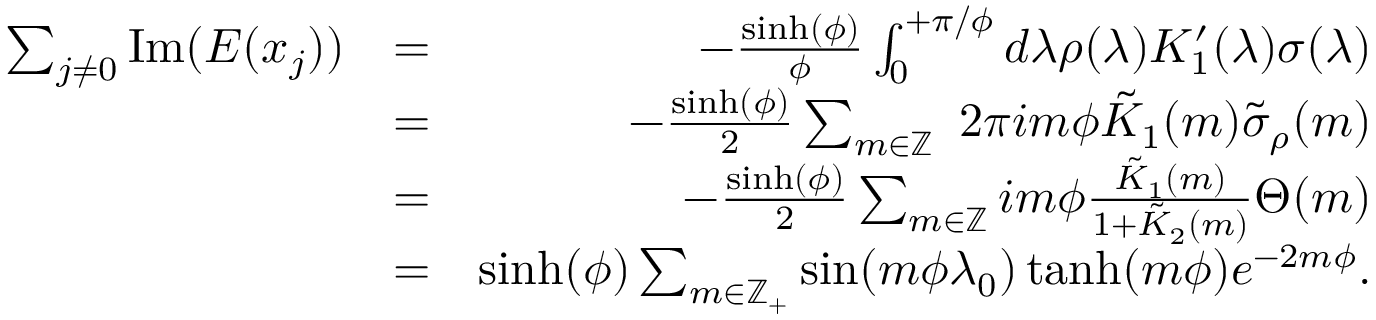
\begin{array} { r l r } { \sum _ { j \neq 0 } \mathrm { I m } ( E ( x _ { j } ) ) } & { = } & { - \frac { \sinh ( \phi ) } { \phi } \int _ { 0 } ^ { + \pi / \phi } d \lambda \rho ( \lambda ) K _ { 1 } ^ { \prime } ( \lambda ) \sigma ( \lambda ) } \\ & { = } & { - \frac { \sinh ( \phi ) } { 2 } \sum _ { m \in \mathbb { Z } } \ 2 \pi i m \phi \tilde { K } _ { 1 } ( m ) \tilde { \sigma } _ { \rho } ( m ) } \\ & { = } & { - \frac { \sinh ( \phi ) } { 2 } \sum _ { m \in \mathbb { Z } } i m \phi \frac { \tilde { K } _ { 1 } ( m ) } { 1 + \tilde { K } _ { 2 } ( m ) } \Theta ( m ) } \\ & { = } & { \sinh ( \phi ) \sum _ { m \in \mathbb { Z } _ { + } } \sin ( m \phi \lambda _ { 0 } ) \operatorname { t a n h } ( m \phi ) e ^ { - 2 m \phi } . } \end{array}